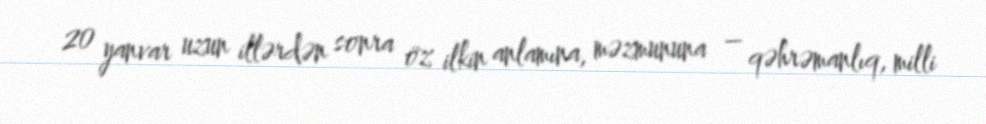
20 yanvar uzun illərdən sonra öz ilkin anlamına, məzmununa – qəhrəmanlıq, milli